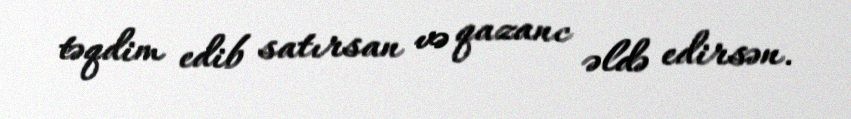
təqdim edib satırsan və qazanc əldə edirsən.